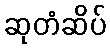
ဆုတံဆိပ်